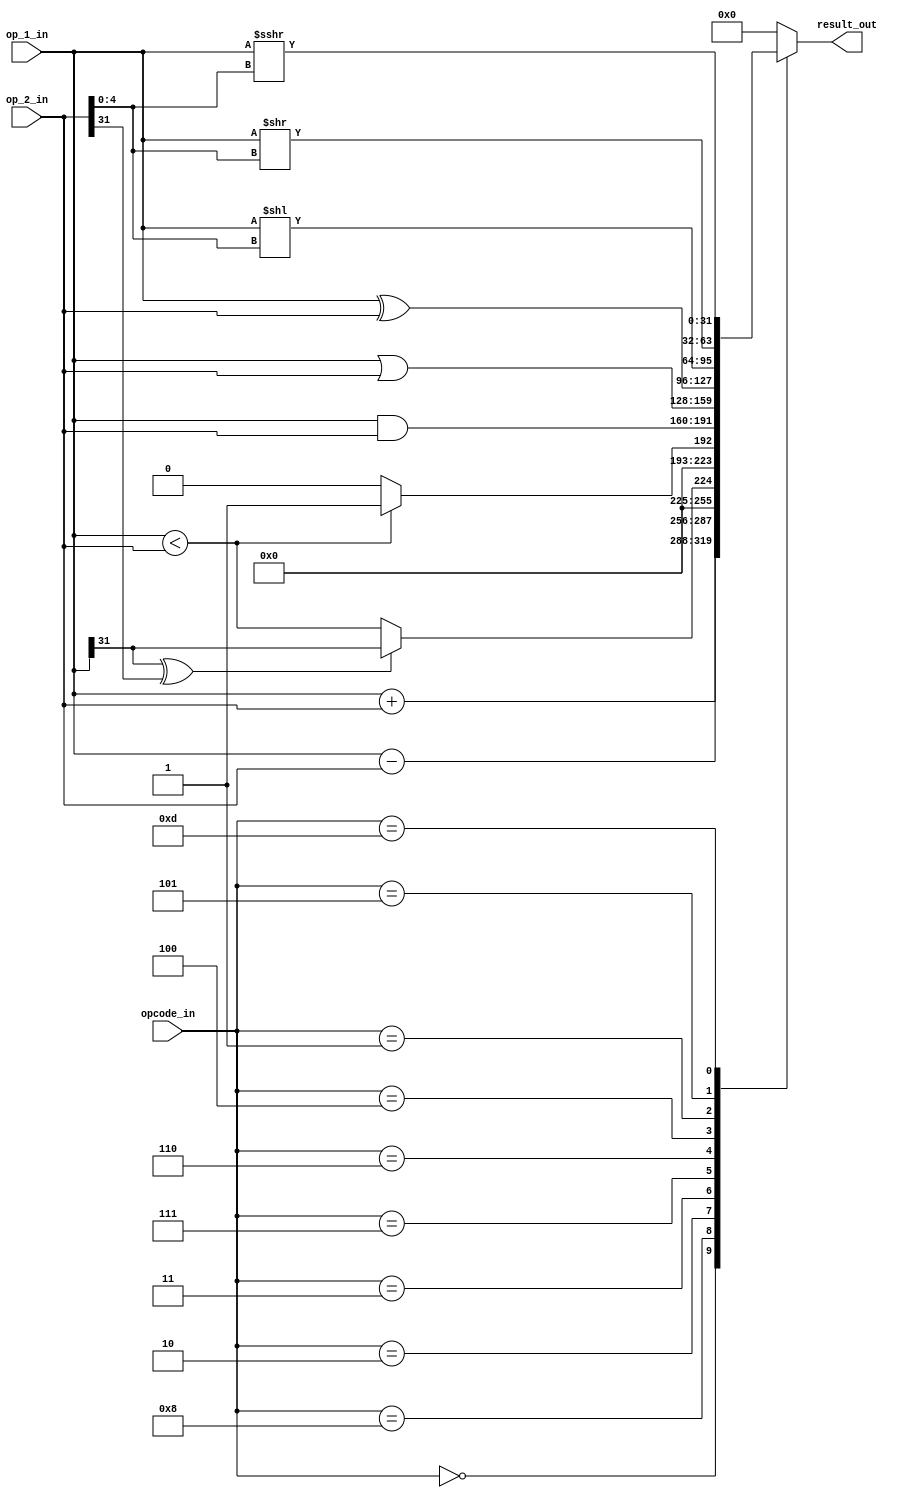
module msrv32_alu(op_1_in,op_2_in,opcode_in,result_out);

input [31:0] op_1_in;
input [31:0] op_2_in;
input [3:0] opcode_in;

output reg [31:0] result_out;

parameter 	ALU_ADD  = 4'b0000,
			ALU_SUB  = 4'b1000,
			ALU_SLT  = 4'b0010,
			ALU_SLTU = 4'b0011,
			ALU_AND	 = 4'b0111,
			ALU_OR	 = 4'b0110,
			ALU_XOR  = 4'b0100,
			ALU_SLL  = 4'b0001,
			ALU_SRL  = 4'b0101,
			ALU_SRA  = 4'b1101;
			
always@(*)
begin
	case(opcode_in)
		ALU_ADD		:	result_out = op_1_in + op_2_in;
		ALU_SUB		:	result_out = op_1_in - op_2_in;
		ALU_SLT		:	result_out = ((op_1_in[31]^op_2_in[31])) ? op_1_in[31] : (op_1_in < op_2_in); //CHANGED BY VIJJU
		ALU_SLTU	:	result_out = (op_1_in < op_2_in) ? 32'd1 : 32'd0;
		ALU_AND		:	result_out = op_1_in & op_2_in;
		ALU_OR		:	result_out = op_1_in | op_2_in;
		ALU_XOR		:	result_out = op_1_in ^ op_2_in;
		ALU_SLL		:	result_out = op_1_in << op_2_in[4:0];
		ALU_SRL		:	result_out = op_1_in >> op_2_in[4:0];
		ALU_SRA		:	result_out = op_1_in >>> op_2_in[4:0];
		default		: 	result_out = 0;
	endcase
end
endmodule